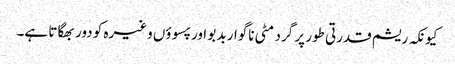
کیونکہ ریشم قدرتی طور پر گرد مٹی ناگوار بدبو اور پسوؤں وغیرہ کو دور بھگاتا ہے۔